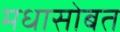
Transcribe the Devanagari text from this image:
मधासोबत